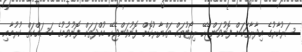
ސަރުކާރުގެ އިދާރާތަކަށް ފޮނުވަންޖެހޭ ރިޕޯޓުތައް ތައްޔާރުކޮށް ފޮނުވަންޖެހޭ މުއްދަތަށް ފޮނުވުމުގެ މަސައްކަތް ކުރުމާއި